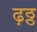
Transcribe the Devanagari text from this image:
ढ़ठ्ठ